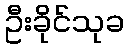
ဦးခိုင်သုခ